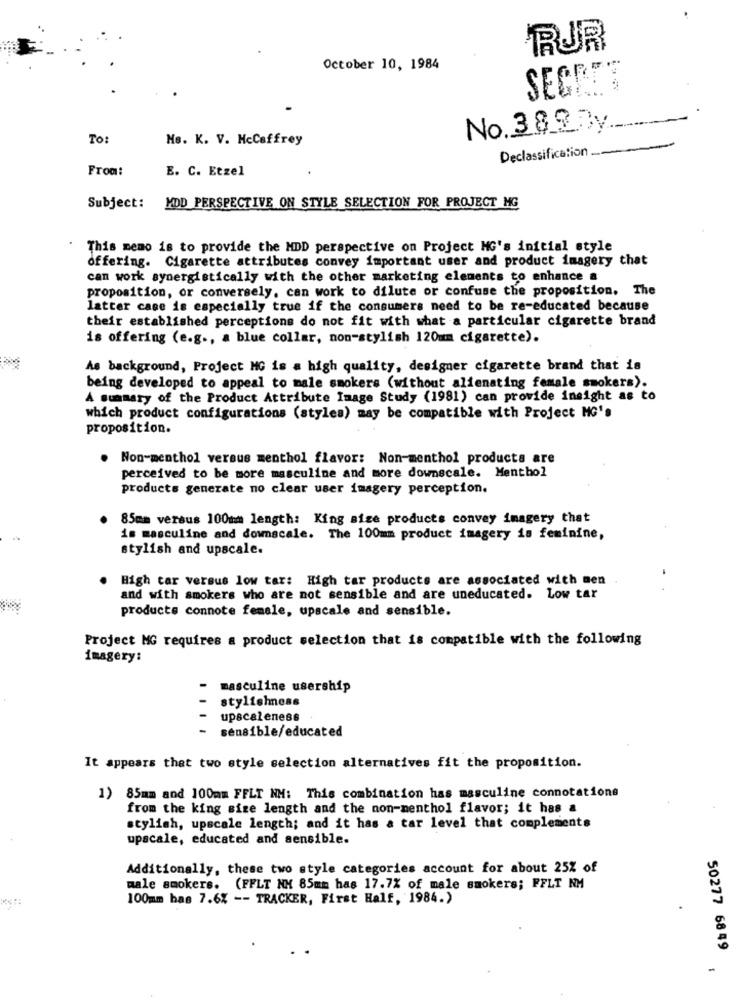
RUR
October 10, 1984
SEGRET
No.38_@By.
To:
Me. K. V. McCaffrey
Declassification
From:
E. C. Etzel
Subject: MDD PERSPECTIVE ON STYLE SELECTION FOR PROJECT MG
This memo is to provide the MDD perspective on Project MG's initial style
offering. Cigarette attributes convey important user and product imagery that
can work synergistically with the other marketing elements to enhance a
proposition, or conversely, can work to dilute or confuse the proposition. The
latter case is especially true if the consumers need to be re-educated because
their established perceptions do not fit with what a particular cigarette brand
is offering (e.g ., a blue collar, non-stylish 120mm cigarette).
As background, Project MG is a high quality, designer cigarette brand that is
being developed to appeal to male smokers (without alienating female smokers).
A summary of the Product Attribute Image Study (1981) can provide insight as to
which product configurations (stylea) may be compatible with Project MG's
proposition.
.
Non-menthol versus menthol flavor: Non-menthol products are
perceived to be more masculine and more downscale. Menthol
products generate no clear user imagery perception.
85mm versus 100mm length: King size products convey imagery that
is masculine and downscale. The 100mm product imagery is feminine,
stylish and upscale.
High tar versus low tar: High tar products are associated with men
and with smokers who are not sensible and are uneducated. Low tar
products connote female, upscale and sensible.
Project MG requires a product selection that is compatible with the following
imagery:
-
masculine usership
stylishness
upscaleness
sensible/educated
It appears that two style selection alternatives fit the proposition.
1) 85mm and 100mm FFLT NH: This combination has masculine connotations
from the king size length and the non-menthol flavor; it has a
stylish, upscale length; and it has & tar level that complements
upscale, educated and sensible.
Additionally, these two style categories account for about 25% of
male smokers. (FFLT NH 85mm has 17.7% of male smokers; FFLT NM
100mm has 7.6% -- TRACKER, First Half, 1984.)
50277 6849
-